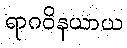
ရာဂဝိနယာယ